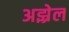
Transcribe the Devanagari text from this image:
अझ्रेल